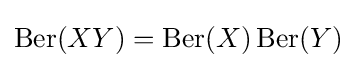
\operatorname {Ber} (XY)=\operatorname {Ber} (X)\operatorname {Ber} (Y)